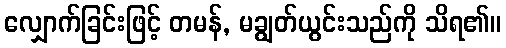
လျှောက်ခြင်းဖြင့် တမန်, မချွတ်ယွင်းသည်ကို သိရ၏။